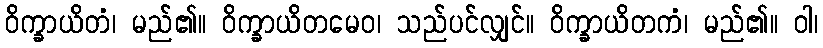
ဝိက္ခာယိတံ၊ မည်၏။ ဝိက္ခာယိတမေဝ၊ သည်ပင်လျှင်။ ဝိက္ခာယိတကံ၊ မည်၏။ ဝါ၊